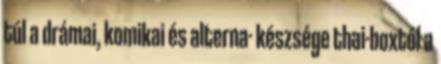
túl a drámai, komikai és alterna- készsége thai-boxtól a